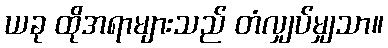
ယခု ထိုအရာများသည် တံလျှပ်မျှသာ။